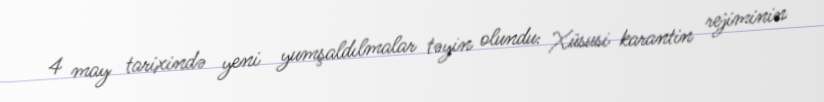
4 may tarixində yeni yumşaldılmalar təyin olundu: Xüsusi karantin rejiminin